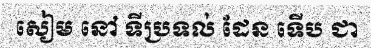
សៀម នៅ ទីប្រទល់ ដែន ទើប ជា